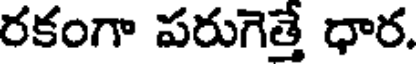
రకంగా పరుగెత్తే ధార.